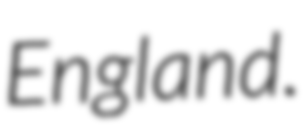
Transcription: England.